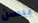
بيسن